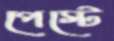
পেস্টে